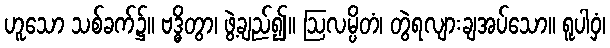
ဟူသော သစ်ခက်၌။ ဗဒ္ဓိတွာ၊ ဖွဲ့ချည်၍။ ဩလမ္ပိတံ၊ တွဲရလျားချအပ်သော။ ရူပါဝှံ၊